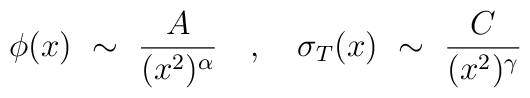
\phi(x) ~ \sim ~ \frac{A}{(x^2)^\alpha} ~~~,~~~ \sigma_T(x) ~ \sim ~ \frac{C}{(x^2)^\gamma}